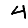
Digit: 4